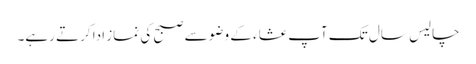
چالیس سال تک آپ عشاء کے وضو سے صبح کی نماز ادا کرتے رہے۔